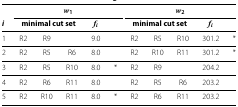
<table><thead><tr><td><b> </b></td><td><b> </b></td><td><b> </b></td><td><b> </b></td><td><b> </b></td><td><b> </b></td><td><b> </b></td><td colspan="8"><b><i>w</i><sub>1</sub></b></td><td><b><i>w</i><sub>2</sub></b></td></tr><tr><td><b> </b></td><td><b> </b></td><td><b> </b></td><td><b> </b></td><td><b> </b></td><td><b> </b></td><td><b><i>i</i></b></td><td colspan="3"><b>minimal cut set</b></td><td><b><i>f</i><sub><i>i</i></sub></b></td><td><b> </b></td><td><b>minimal cut set</b></td><td><b><i>f</i><sub><i>i</i></sub></b></td><td><b> </b></td><td><b> </b></td></tr></thead><tbody><tr><td> </td><td> </td><td> </td><td> </td><td> </td><td> </td><td>1</td><td>R2</td><td>R9</td><td> </td><td>9.0</td><td> </td><td>R2</td><td>R5</td><td>R10</td><td>301.2</td><td>*</td></tr><tr><td> </td><td> </td><td> </td><td> </td><td> </td><td> </td><td>2</td><td>R2</td><td>R5</td><td>R6</td><td>8.0</td><td> </td><td>R2</td><td>R10</td><td>R11</td><td>301.2</td><td>*</td></tr><tr><td> </td><td> </td><td> </td><td> </td><td> </td><td> </td><td>3</td><td>R2</td><td>R5</td><td>R10</td><td>8.0</td><td>*</td><td>R2</td><td>R9</td><td> </td><td>204.2</td><td> </td></tr><tr><td> </td><td> </td><td> </td><td> </td><td> </td><td> </td><td>4</td><td>R2</td><td>R6</td><td>R11</td><td>8.0</td><td> </td><td>R2</td><td>R5</td><td>R6</td><td>203.2</td><td> </td></tr><tr><td> </td><td> </td><td> </td><td> </td><td> </td><td> </td><td>5</td><td>R2</td><td>R10</td><td>R11</td><td>8.0</td><td>*</td><td>R2</td><td>R6</td><td>R11</td><td>203.2</td><td> </td></tr></tbody></table>